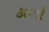
કાળો